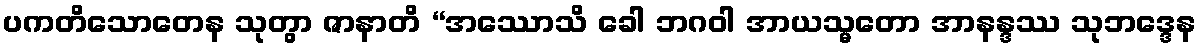
ပကတိသောတေန သုတွာ ဇာနာတိ “အဿောသိ ခေါ ဘဂဝါ အာယသ္မတော အာနန္ဒဿ သုဘဒ္ဒေန